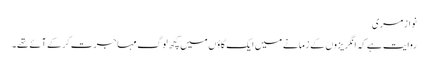
نواز مری
روایت ہے کہ انگریزوں کے زمانے میں ایک گاؤں میں کچھ لوگ مہاجرت کر کے آئے تھے۔